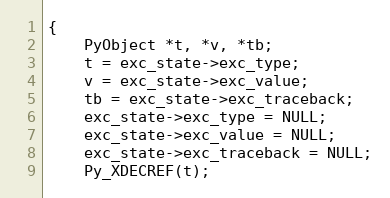
Language: C
{
    PyObject *t, *v, *tb;
    t = exc_state->exc_type;
    v = exc_state->exc_value;
    tb = exc_state->exc_traceback;
    exc_state->exc_type = NULL;
    exc_state->exc_value = NULL;
    exc_state->exc_traceback = NULL;
    Py_XDECREF(t);